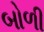
બોળી